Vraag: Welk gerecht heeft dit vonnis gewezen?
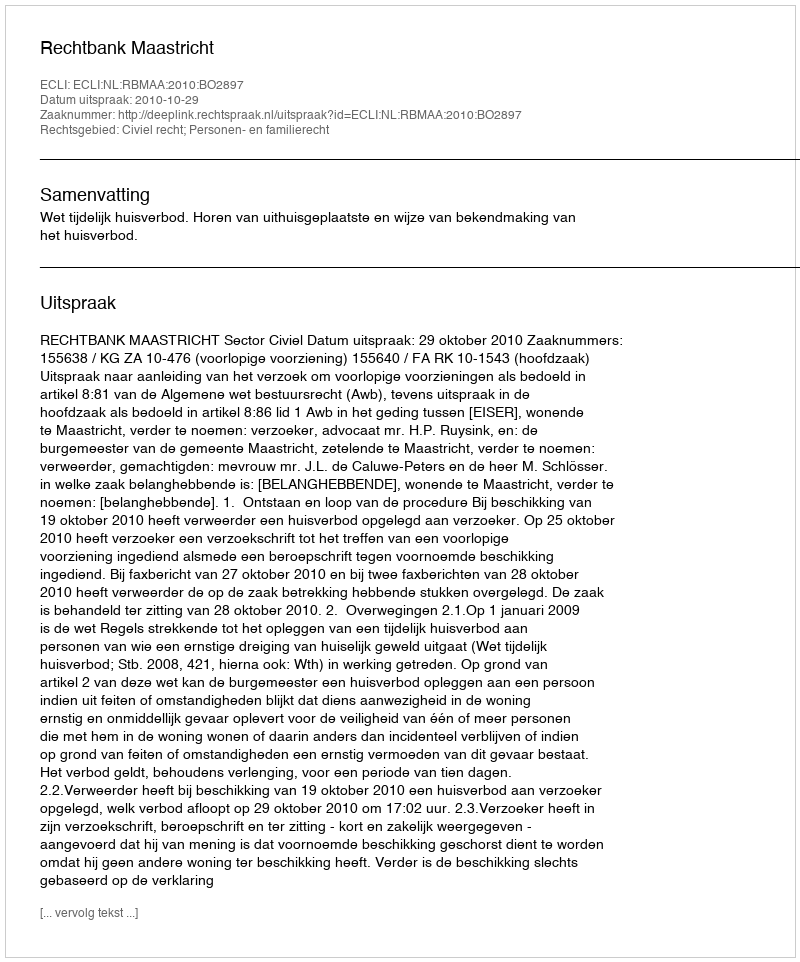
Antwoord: Rechtbank Maastricht